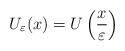
LaTeX: \begin{align*}U_{\varepsilon}(x)=U\left(\frac{x}{\varepsilon}\right)\end{align*}